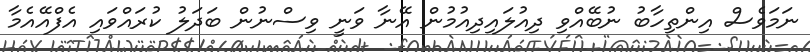
ނަމަވެސް އިންތިހާބު ނުބޭއްވި ދިއުލައިދިއުމުން އޭނާ ވަނީ ވިސްނުން ބަދަލު ކުރައްވައި އެފްއޭއެމާ